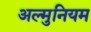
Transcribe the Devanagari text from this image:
अल्मुनियम